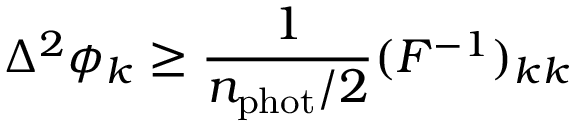
\Delta ^ { 2 } \phi _ { k } \ge \frac { 1 } { n _ { \mathrm { p h o t } } / 2 } ( F ^ { - 1 } ) _ { k k }